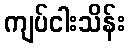
ကျပ်ငါးသိန်း